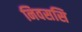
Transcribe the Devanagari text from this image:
निवससि